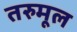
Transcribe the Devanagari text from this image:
तरुमूल